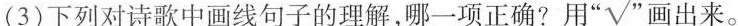
(3)下列对诗歌中画线句子的理解，哪一项正确?用”√”画出来。